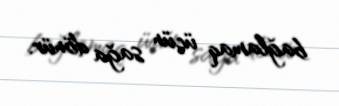
bağlamaq üçün sağa dönür.